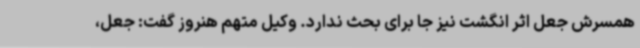
همسرش جعل اثر انگشت نیز جا برای بحث ندارد. وکیل متهم هنروز گفت: جعل،